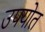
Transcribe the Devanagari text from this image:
उपयोत